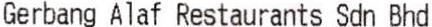
GERBANG ALAF RESTAURANTS SDN BHD